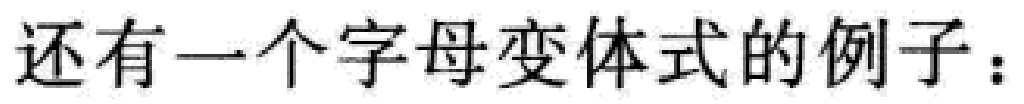
还有一个字母变体式的例子：